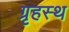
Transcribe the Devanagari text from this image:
ग्रृहस्थ